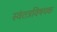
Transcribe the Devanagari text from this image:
स्वंतत्रविषयक